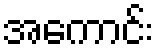
အကောင်း